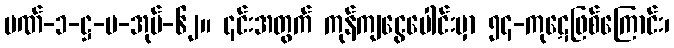
ပဏ်-၁-ဋ္ဌ-ပ-အုပ်-၆၂။ ၎င်းအတွက် ကုန်ကျငွေပေါင်းမှာ ၅၄-ကုဋေဖြစ်ကြောင်း၊